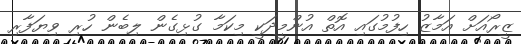
ޒީރޯއަށް އަމާޒު ހިފުމުގައި އޮތް އުންމީދަކީ މިކަމާ ގުޅިގެން ލިބެން ހުރި ވިޔަފާރި